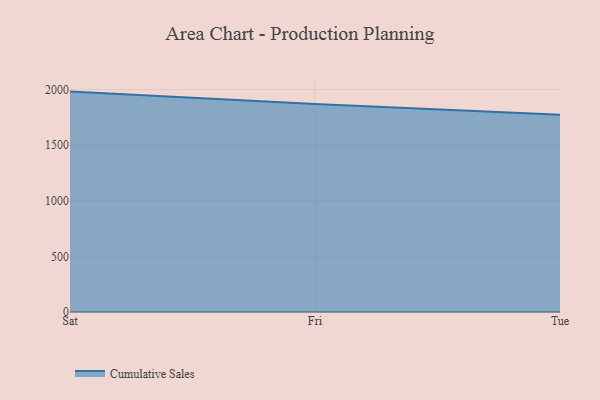
{"axis": {"x": "Day", "y": "Latency (ms)"}, "legend": ["Cumulative Sales"], "data": [{"x": "Sat", "y": 1980.9, "type": "Cumulative Sales"}, {"x": "Fri", "y": 1869.2, "type": "Cumulative Sales"}, {"x": "Tue", "y": 1773.8, "type": "Cumulative Sales"}]}